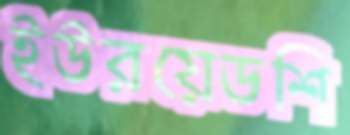
ইউরয়েডশি